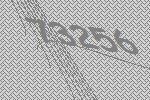
73256